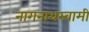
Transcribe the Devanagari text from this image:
नागनाथस्वामी